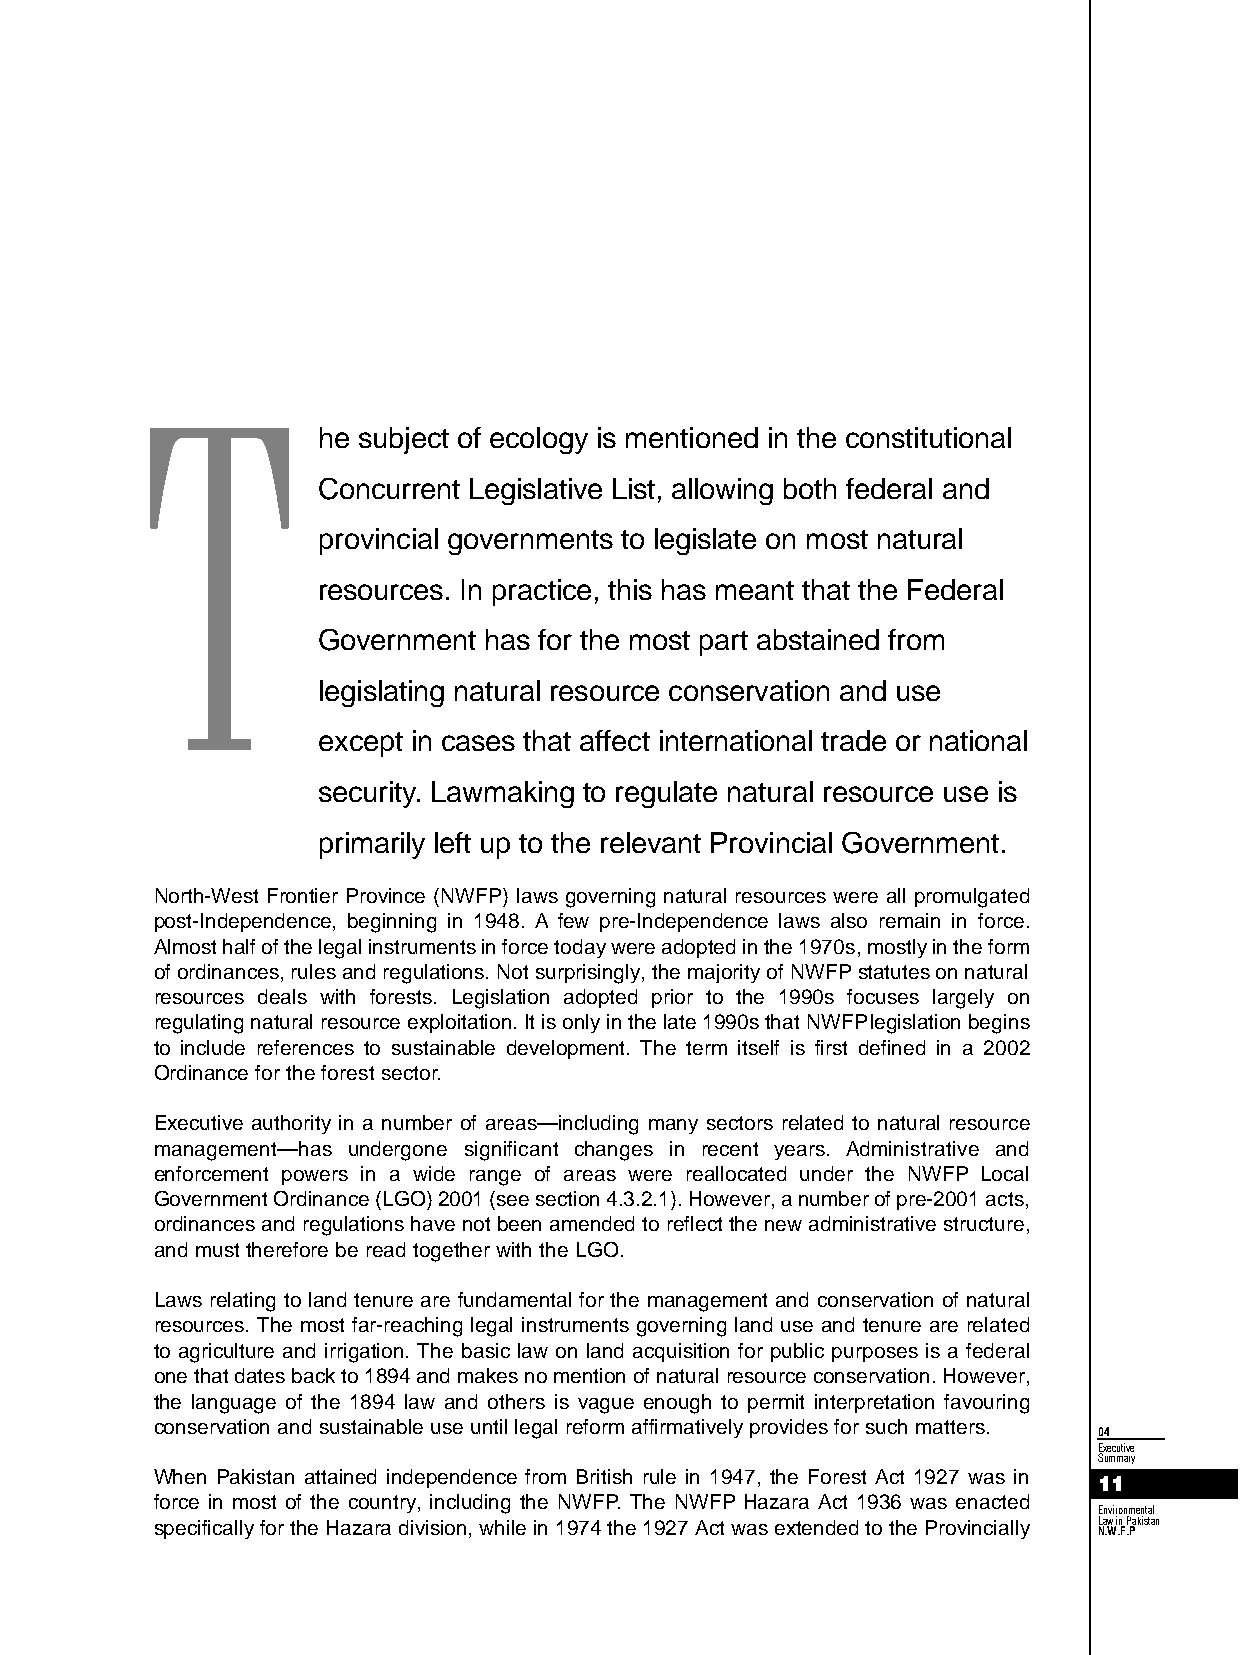
T
 he subject of ecology is mentioned in the constitutional
 Concurrent Legislative List, allowing both federal and
 provincial governments to legislate on most natural
 resources. In practice, this has meant that the Federal
 Government has for the most part abstained from
 legislating natural resource conservation and use
 except in cases that affect international trade or national
 se c u r i t y . Lawmaking to regulate natural resource use is
 primarily left up to the relevant Provincial Government.
 North-West Frontier Province (NWFP) laws governing natural resources were all promulgated
 post-Independence, beginning in 1948. A few pre-Independence laws also remain in force.
 Almost half of the legal instruments in force today were adopted in the 1970s, mostly in the form
 of ordinances, rules and regulations. Not surprisingly, the majority of NWFPstatutes on natural
 resources deals with forests. Legislation adopted prior to the 1990s focuses largely on
 regulating natural resource exploitation. It is only in the late 1990s that NWFPlegislation begins
 to include references to sustainable development. The term itself is first defined in a 2002
 Ordinance for the forest sector.
 Executive authority in a number of areas—including many sectors related to natural resource
 management—has undergone significant changes in recent years. Administrative and
 enforcement powers in a wide range of areas were reallocated under the NWFP Local
 Government Ordinance (LGO) 2001 (see section 4.3.2.1). However, a number of pre-2001 acts,
 ordinances and regulations have not been amended to reflect the new administrative structure,
 and must therefore be read together with the LGO.
 Laws relating to land tenure are fundamental for the management and conservation of natural
 resources. The most far-reaching legal instruments governing land use and tenure are related
 to agriculture and irrigation. The basic law on land acquisition for public purposes is a federal
 one that dates back to 1894 and makes no mention of natural resource conservation. However,
 the language of the 1894 law and others is vague enough to permit interpretation favouring
 conservation and sustainable use until legal reform affirmatively provides for such matters.
 04
 Ex e c u t i v e
 Su m m a r y
 When Pakistan attained independence from British rule in 1947, the Forest Act 1927 was in
 11
 force in most of the country, including the NWFP. The NWFP Hazara Act 1936 was enacted
 Environmental
 specifically for the Hazara division, while in 1974 the 1927 Act was extended to the Provincially Law in Pakistan
 N. W .F .P